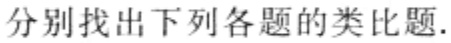
分别找出下列各题的类比题.